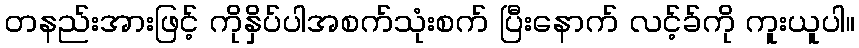
တနည်းအားဖြင့် ကိုနှိပ်ပါအစက်သုံးစက် ပြီးနောက် လင့်ခ်ကို ကူးယူပါ။